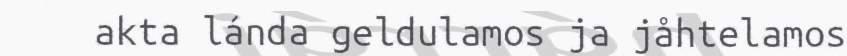
akta lánda geldulamos ja jåhtelamos